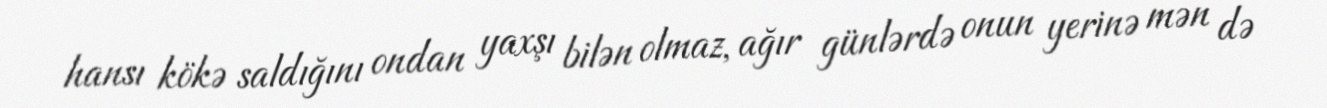
hansı kökə saldığını ondan yaxşı bilən olmaz, ağır günlərdə onun yerinə mən də